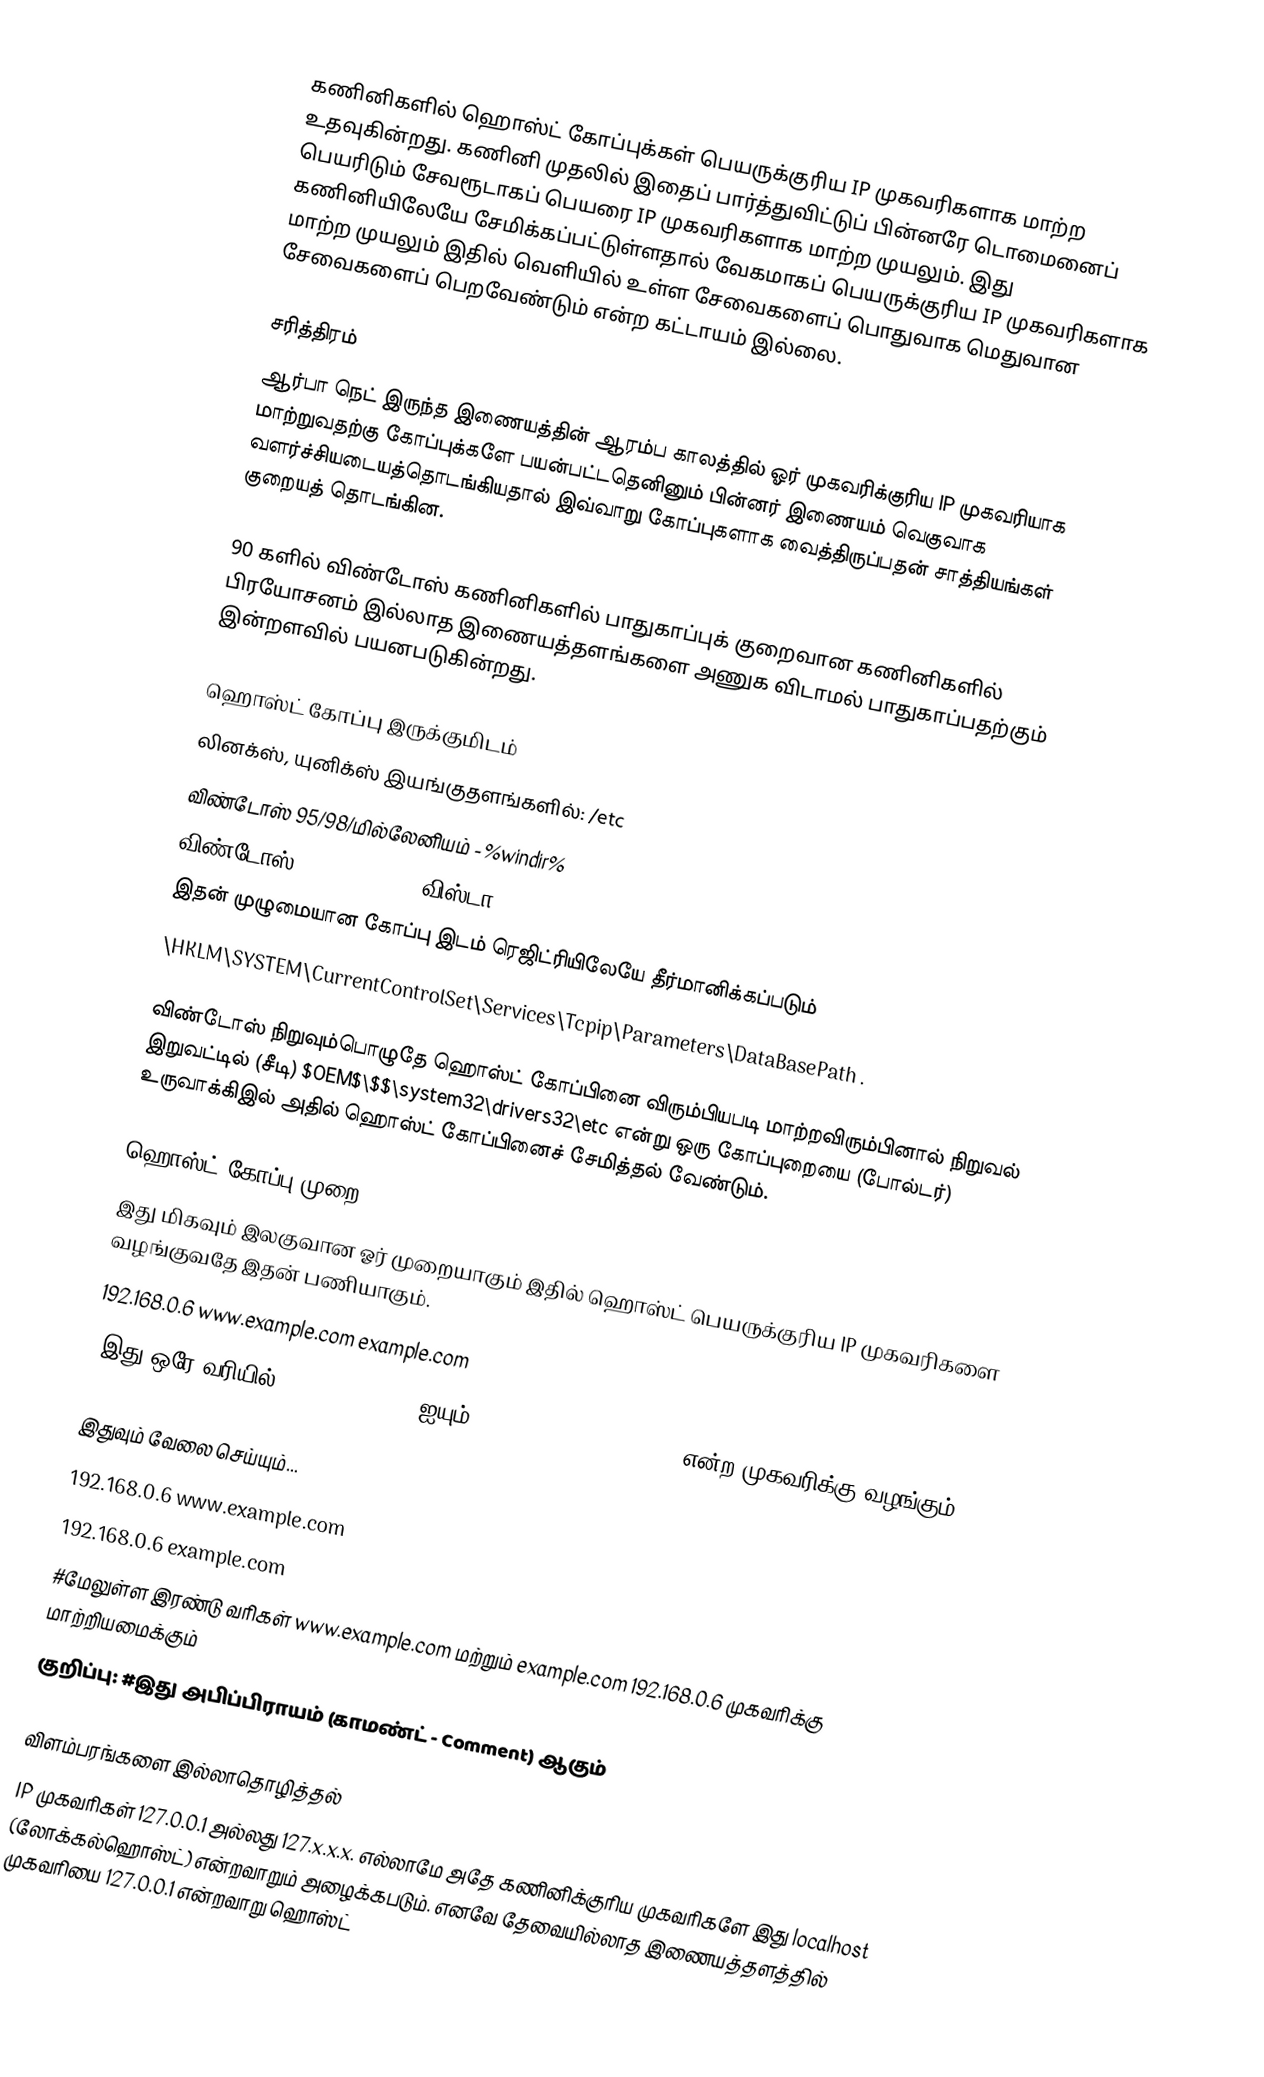
கணினிகளில் ஹொஸ்ட் கோப்புக்கள் பெயருக்குரிய IP முகவரிகளாக மாற்ற உதவுகின்றது. கணினி முதலில் இதைப் பார்த்துவிட்டுப் பின்னரே டொமைனைப் பெயரிடும் சேவரூடாகப் பெயரை IP முகவரிகளாக மாற்ற முயலும். இது கணினியிலேயே சேமிக்கப்பட்டுள்ளதால் வேகமாகப் பெயருக்குரிய IP முகவரிகளாக மாற்ற முயலும் இதில் வெளியில் உள்ள சேவைகளைப் பொதுவாக மெதுவான சேவைகளைப் பெறவேண்டும் என்ற கட்டாயம் இல்லை.

சரித்திரம்
ஆர்பா நெட் இருந்த இணையத்தின் ஆரம்ப காலத்தில் ஓர் முகவரிக்குரிய IP முகவரியாக மாற்றுவதற்கு கோப்புக்களே பயன்பட்டதெனினும் பின்னர் இணையம் வெகுவாக வளர்ச்சியடையத்தொடங்கியதால் இவ்வாறு கோப்புகளாக வைத்திருப்பதன் சாத்தியங்கள் குறையத் தொடங்கின.

90 களில் விண்டோஸ் கணினிகளில் பாதுகாப்புக் குறைவான கணினிகளில் பிரயோசனம் இல்லாத இணையத்தளங்களை அணுக விடாமல் பாதுகாப்பதற்கும் இன்றளவில் பயனபடுகின்றது.

ஹொஸ்ட் கோப்பு இருக்குமிடம்
 லினக்ஸ், யுனிக்ஸ் இயங்குதளங்களில்: /etc
 விண்டோஸ் 95/98/மில்லேனியம் - %windir%
 விண்டோஸ் NT, 2000, XP, விஸ்டா - %SystemRoot%\system32\drivers\etc\
இதன் முழுமையான கோப்பு இடம் ரெஜிட்ரியிலேயே தீர்மானிக்கப்படும்
\HKLM\SYSTEM\CurrentControlSet\Services\Tcpip\Parameters\DataBasePath .

விண்டோஸ் நிறுவும்பொழுதே ஹொஸ்ட் கோப்பினை விரும்பியபடி மாற்றவிரும்பினால் நிறுவல் இறுவட்டில் (சீடி) $OEM$\$$\system32\drivers32\etc என்று ஒரு கோப்புறையை (போல்டர்) உருவாக்கிஇல் அதில் ஹொஸ்ட் கோப்பினைச் சேமித்தல் வேண்டும்.

ஹொஸ்ட் கோப்பு முறை
இது மிகவும் இலகுவான ஓர் முறையாகும் இதில் ஹொஸ்ட் பெயருக்குரிய IP முகவரிகளை வழங்குவதே இதன் பணியாகும்.
192.168.0.6   www.example.com example.com
#இது ஒரே வரியில் www.example.com ஐயும் example.com 192.168.0.6 என்ற முகவரிக்கு வழங்கும்

இதுவும் வேலை செய்யும்...
192.168.0.6   www.example.com
192.168.0.6   example.com
#மேலுள்ள இரண்டு வரிகள் www.example.com மற்றும் example.com 192.168.0.6 முகவரிக்கு மாற்றியமைக்கும்
குறிப்பு: #இது அபிப்பிராயம் (காமண்ட் - Comment) ஆகும்

விளம்பரங்களை இல்லாதொழித்தல்
IP முகவரிகள் 127.0.0.1 அல்லது 127.x.x.x. எல்லாமே அதே கணினிக்குரிய முகவரிகளே இது localhost (லோக்கல்ஹொஸ்ட்) என்றவாறும் அழைக்கபடும். எனவே தேவையில்லாத இணையத்தளத்தில் முகவரியை 127.0.0.1 என்றவாறு ஹொஸ்ட்